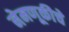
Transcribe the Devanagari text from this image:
नेमणूकीचे